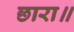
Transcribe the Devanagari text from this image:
छारा॥